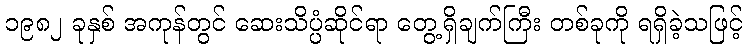
၁၉၈၂ ခုနှစ် အကုန်တွင် ဆေးသိပ္ပံဆိုင်ရာ တွေ့ရှိချက်ကြီး တစ်ခုကို ရရှိခဲ့သဖြင့်